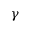
\gamma